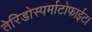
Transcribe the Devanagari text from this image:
तेरिडोस्पर्माटोफाईटा